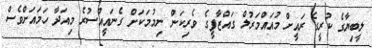
ލީބިޔާގެ ކުރީގެ ރައީށް މުއައްމަރުލް ގައްޒާފީގެ ވެރިކަން ނިމުމަކަށް ގެނައީއްސުރެ މިއަދާ ހަމައަށްވެސް